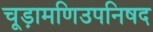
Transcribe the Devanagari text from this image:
चूड़ामणिउपनिषद